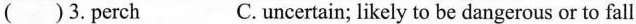
( )3. Perch C.uncertain; likely to be dangerous or to fall